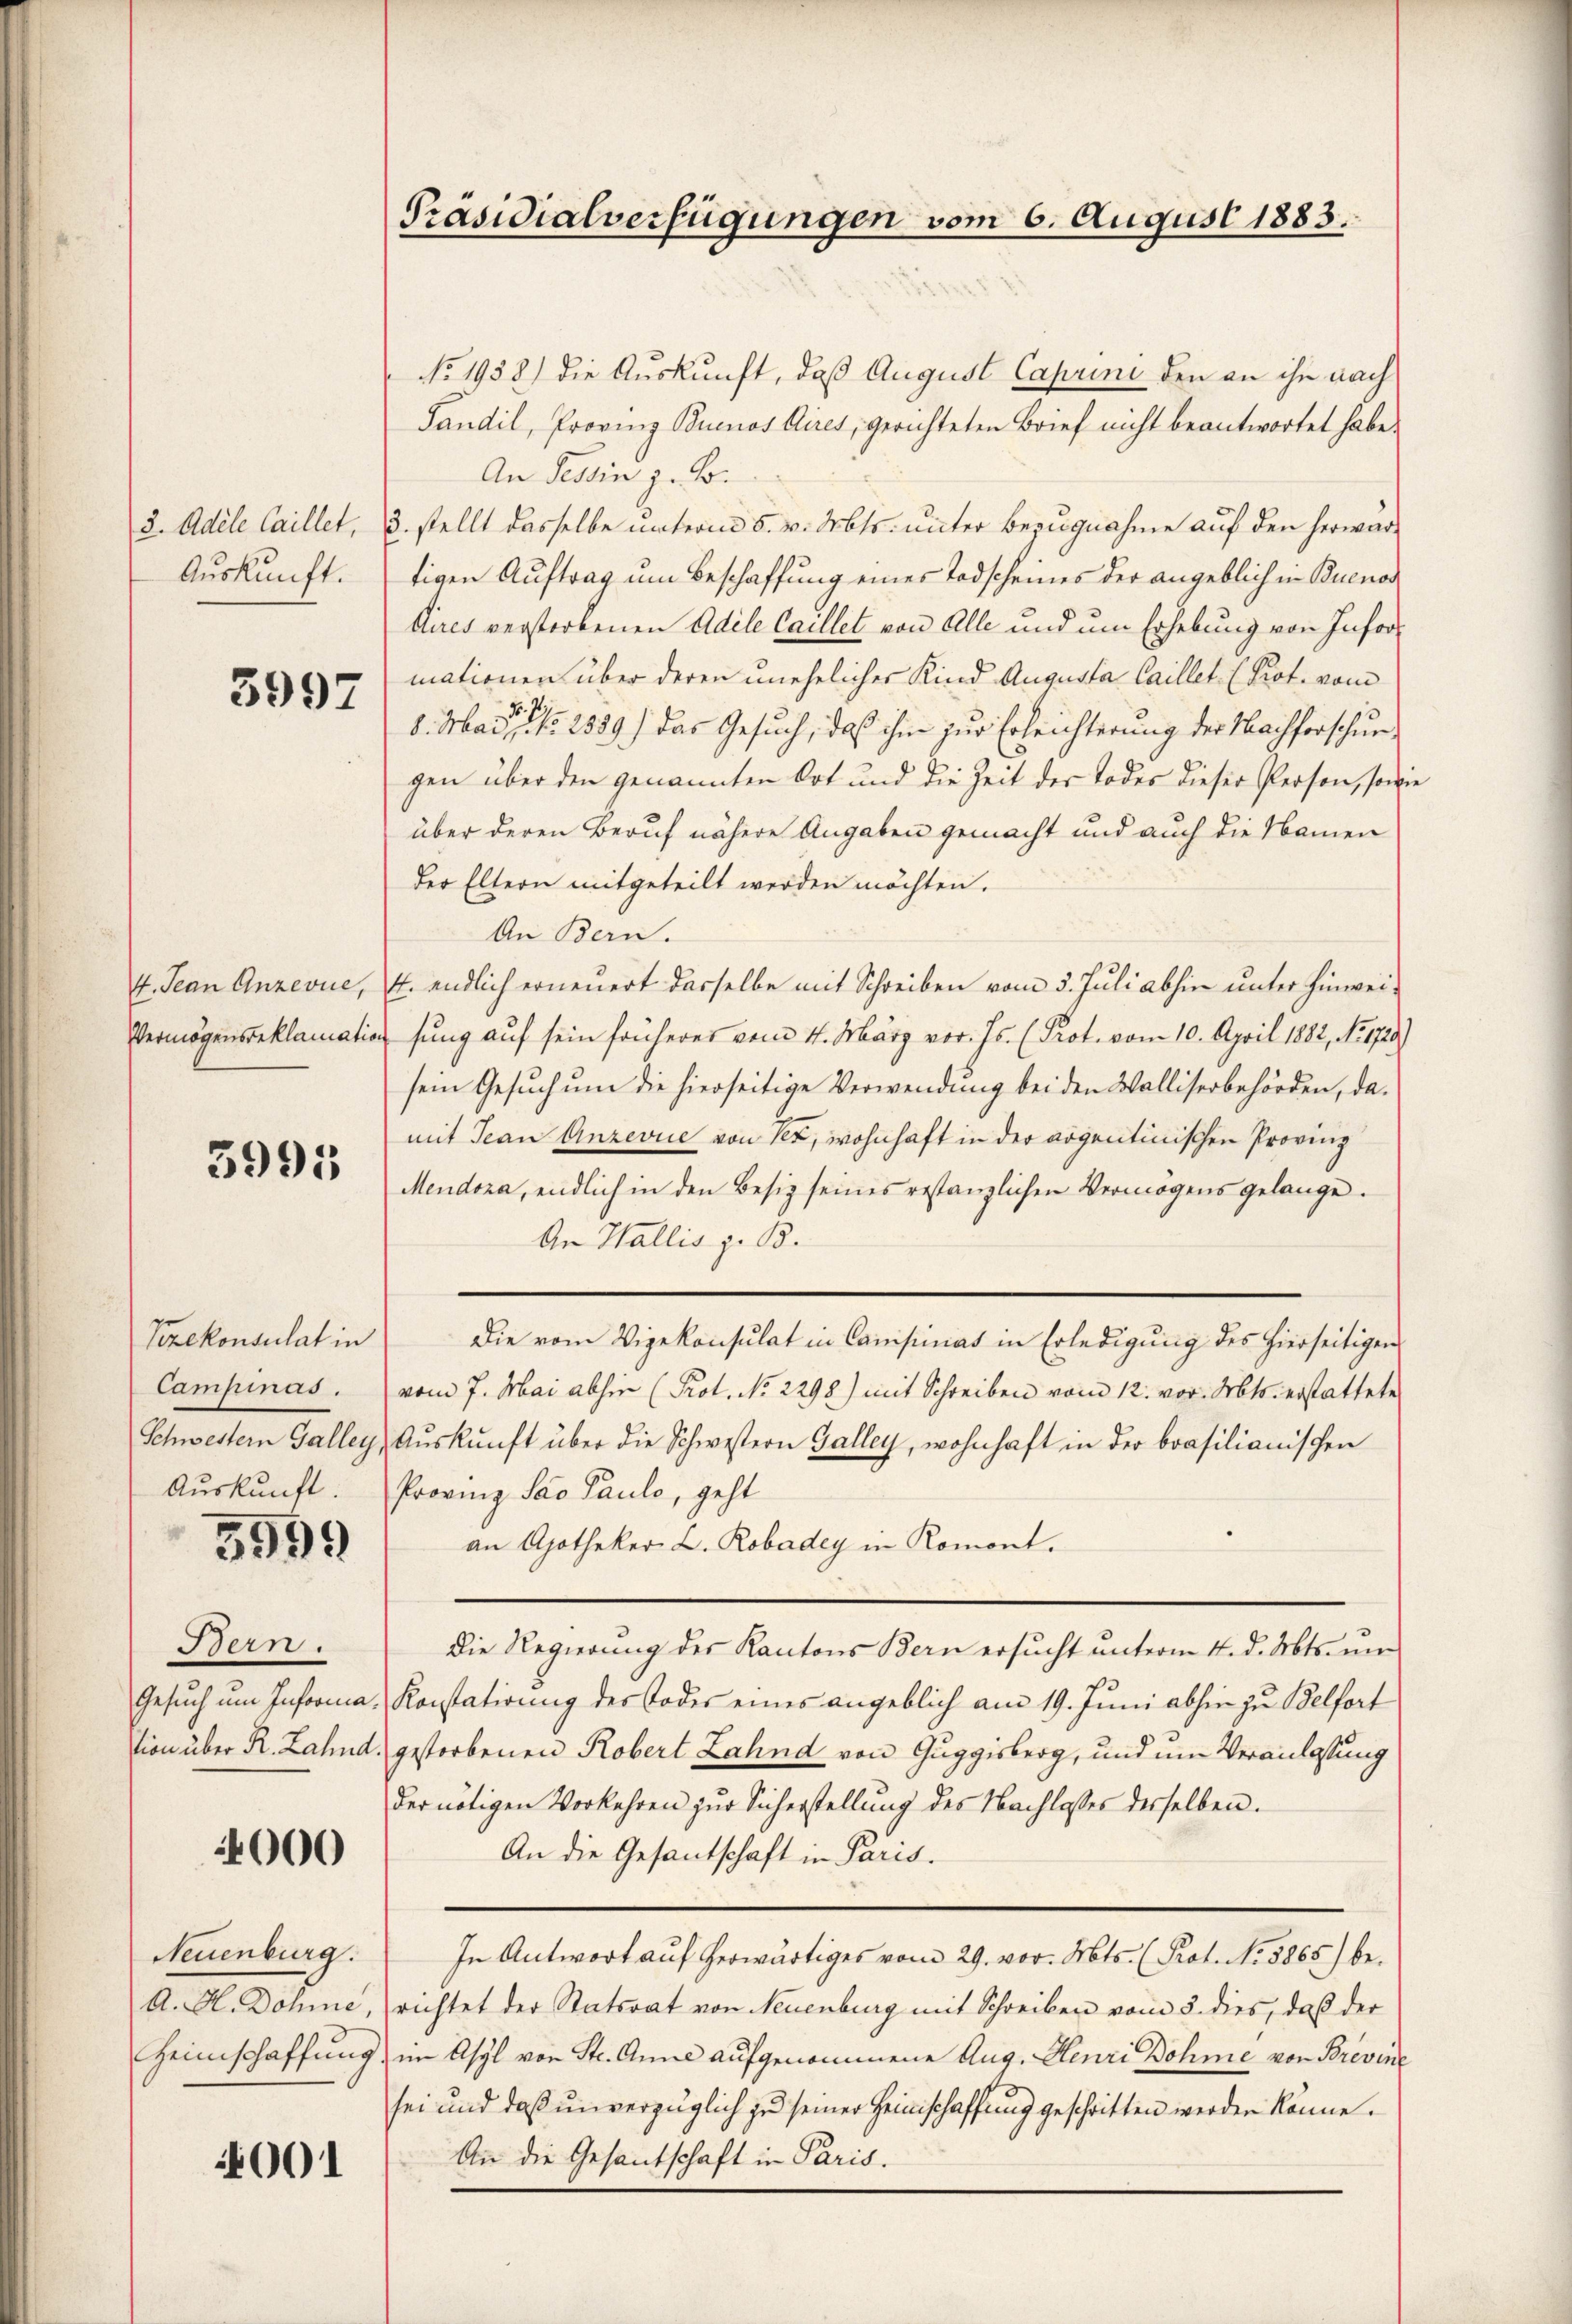
8. Adele Caillet,
Auskunft.

3997

4. Jean Anzevue,
Vermögensbeklamatis

3991

Vizekonsulat in
Campinas.
Schwestern Galley
Auskunft.

5999

Bern.
Gesuch um Informasion über R. Zahnd

000

Neuenburg.
A. H. Döhne,
Heimschaffung

001

Präsidialverfügungen vom 6. August 1883.

No 1938) die Auskunft, daß August Caprini den an ihn nach
Fandil, Proving Buenos Aires, gerichteten Brief nicht beantwortet habe.
An Tessin z. B.
3. stellt dasselbe unterm 5. v. Mts. unter Bezugnahme auf den herwartigen Auftrag um Beschaffung eines Todscheines der angeblich in Buenos
Aires verstorbenen Adele Caillet von Alle und um Erhebung von Informationen über deren unehelicher Kind Augusta Caillet (Prot. vom
No. 7.
8. Mai, No. 2339.) Das Gesuch, daß ihm zur Erleichterung der Nachforschungen über den genannten Ort und die Zeit der Todes dieser Person, son
über deren Beruf nähere Angaben gemacht und auch die Namen
der Eltern mitgeteilt werden möchten.
An Bern.
4. endlich erneuert dasselbe mit Schreiben vom 3. Juli abhin unter Hinweisung auf sein früheres vom 4. März vor. Js. (Prot. vom 10. April 1882, No. 1728,
sein Gesuch um die hierseitige Verwendung bei den Walliserbehörden, damit Jean Anzevue von Ter, wohnhaft in der argentinischen Provinz
Mendoza, endlich in den Besiz seines restanzlichen Vermögens gelange.
An Wallis z. B.
Die vom Vigekonsulat in Campinias in Erledigung des hierseitigen
vom 7. Mai abhin (Prot. No 2298) mit Schreiben vom 12. vor. Mts. erstattete
Auskunft über die Schwestern Galley, wohnhaft in der brasilianischen
Provinz Sao Pauls, geht
an Apotheker L. Robadey in Romont.
Die Regierung des Kantons Bern ersucht unterm 14. d. Mts. um
Konstatirung des Todes eines angeblich am 19. Juni abhin zu Belfort
gestorbenen Robert Zahnd von Guggisberg, und um Veranlassung
der nötigen Vorkehren zur Sicherstellung des Nachlasses desselben.
An die Gesantschaft in Paris.
In Antwort auf herwärtiges vom 29. vor. Mts. (Prot. No. 5865) be-
richtet der Statsrat von Neuenburg mit Schreiben vom 5. dies, daß der
im Asyl von Str. Anne aufgenommene Aug. Henri Dohme von Brevine
sei und daß unverzüglich zu seiner Heimschaffung geschritten werden könne.
An die Gesantschaft in Paris.